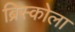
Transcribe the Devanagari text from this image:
ब्रिस्कोला